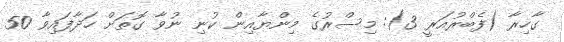
ގާހިރާ (ފެބްރުއަރީ 3): މިސްރުގެ މިންޔާއިން ކުނި ނުވާ ގޮތަށް ހަދާފައިވާ 50